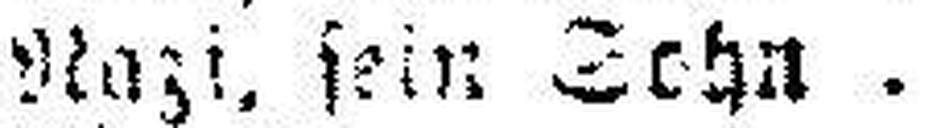
Nazl, sein Sehn